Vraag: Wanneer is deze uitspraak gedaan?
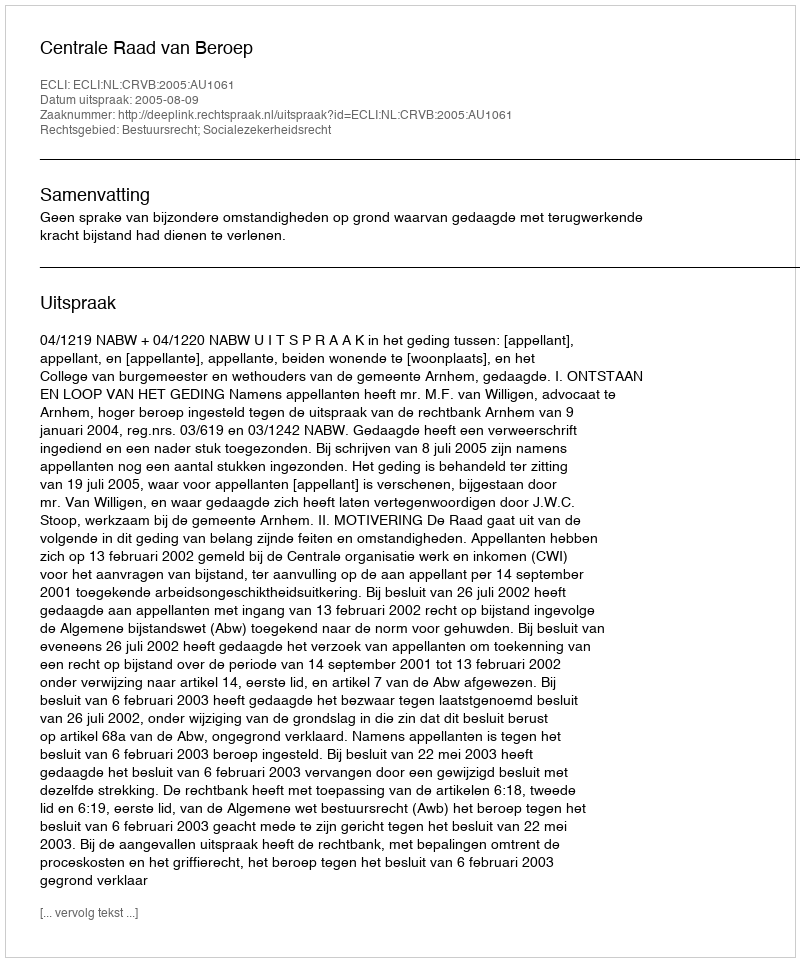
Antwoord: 2005-08-09